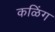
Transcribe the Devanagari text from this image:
कळिंग